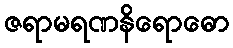
ဇရာမရဏနိရောဓော